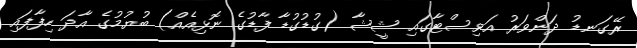
ރޭގަނޑު ދަންވަރު އަވިސްޓާގައި ޝީޝާ (ގުޑުގުޑާ ފާޑުގެ ނޮޅިއެއް) ބުޔުމުގެ އާދަ ހިފާފައި